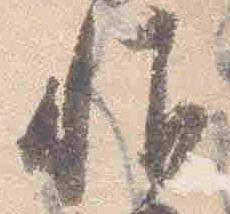
帷